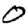
Digit: 0